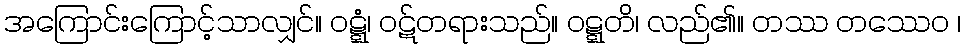
အကြောင်းကြောင့်သာလျှင်။ ဝဋ္ဋံ၊ ဝဋ်တရားသည်။ ဝဋ္ဋတိ၊ လည်၏။ တဿ တဿေဝ ၊